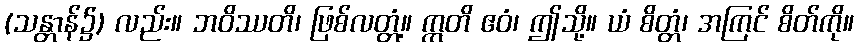
(သန္တာန်၌) လည်း။ ဘဝိဿတိ၊ ဖြစ်လတ္တံ့။ ဣတိ ဧဝံ၊ ဤသို့။ ယံ စိတ္တံ၊ အကြင် စိတ်ကို။